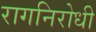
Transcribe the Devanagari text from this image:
रागनिरोधी